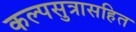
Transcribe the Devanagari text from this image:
कल्पसुत्रासहित